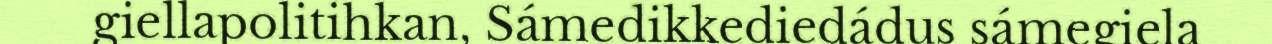
giellapolitihkan, Sámedikkediedádus sámegiela